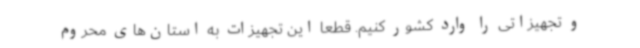
و تجهیزاتی را وارد کشور کنیم. قطعا این تجهیزات به استان‌های محروم